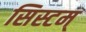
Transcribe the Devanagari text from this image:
सिस्टम्